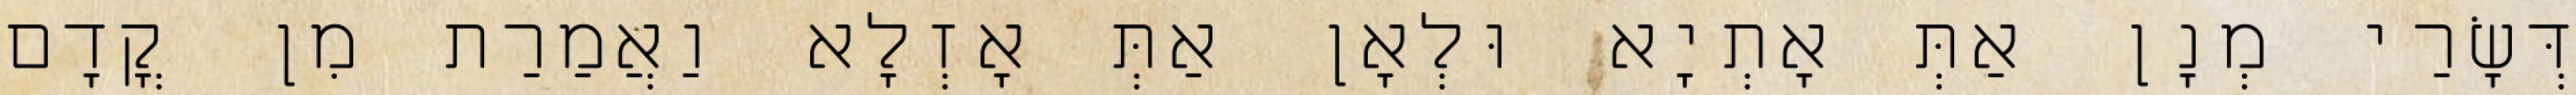
דְּשָׂרַי מְנָן אַתְּ אָתְיָא וּלְאָן אַתְּ אָזְלָא וַאֲמַרַת מִן קֳדָם